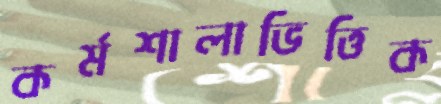
কর্মশালাভিত্তিক